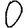
Digit: 0